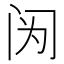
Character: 𰿫